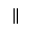
\parallel